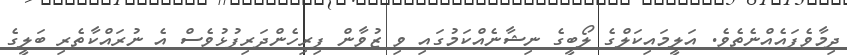
ދިމާވެފައެއްނެތެވެ. އަލީމައިކަލްގެ ލޯބީގެ ނިޝާނެއްކަމުގައި ވި ޒުވާން ފިރިހެންދަރިފުޅުވެސް އެ ނުރައްކާތެރި ބަލީގެ